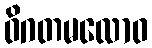
ဝိဂတမလောဝ